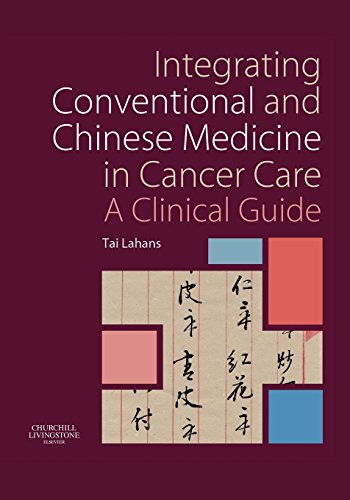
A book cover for Integrating Conventional and Chinese Medicine in Cancer Care: A Clinical Guide, 1e; Tai Lahans LAC  MTCM  MEd; Health, Fitness & Dieting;